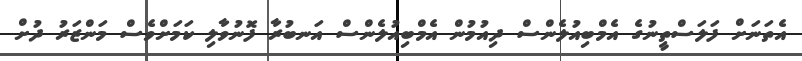
އެތަނަށް ފަލަސްތީނުގެ އެމްބިއުލެންސް ދިއުމުން އެމްބިއުލެންސް އަނބުރާ ފޮނުވާލި ކަމަށްވެސް މަންޒަރު ދުށް